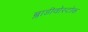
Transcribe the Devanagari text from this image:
ब्लाडीवोस्टोक